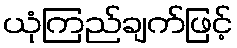
ယုံကြည်ချက်ဖြင့်